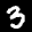
Label: 3